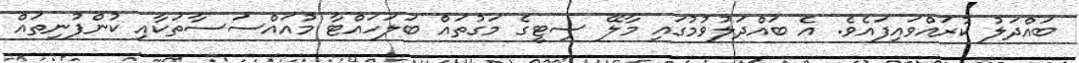
ބައްދަލު ކުރައްވައިފައެވެ. އެ ބައްދަލުވުމުގައި މާލޭ ސިޓީގެ މަގުތައް ބަލަހައްޓާ މުއައްސަސާތަކާއި ކުންފުނިތައް